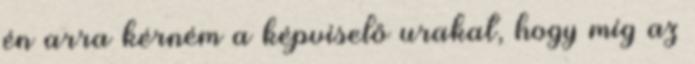
én arra kérném a képviselő urakat, hogy míg az